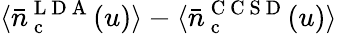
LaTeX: \langle\bar{n}_{\mathrm{~c~}}^{\mathrm{~L~D~A~}}(u)\rangle-\langle\bar{n}_{\mathrm{~c~}}^{\mathrm{~C~C~S~D~}}(u)\rangle